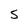
Character: 5